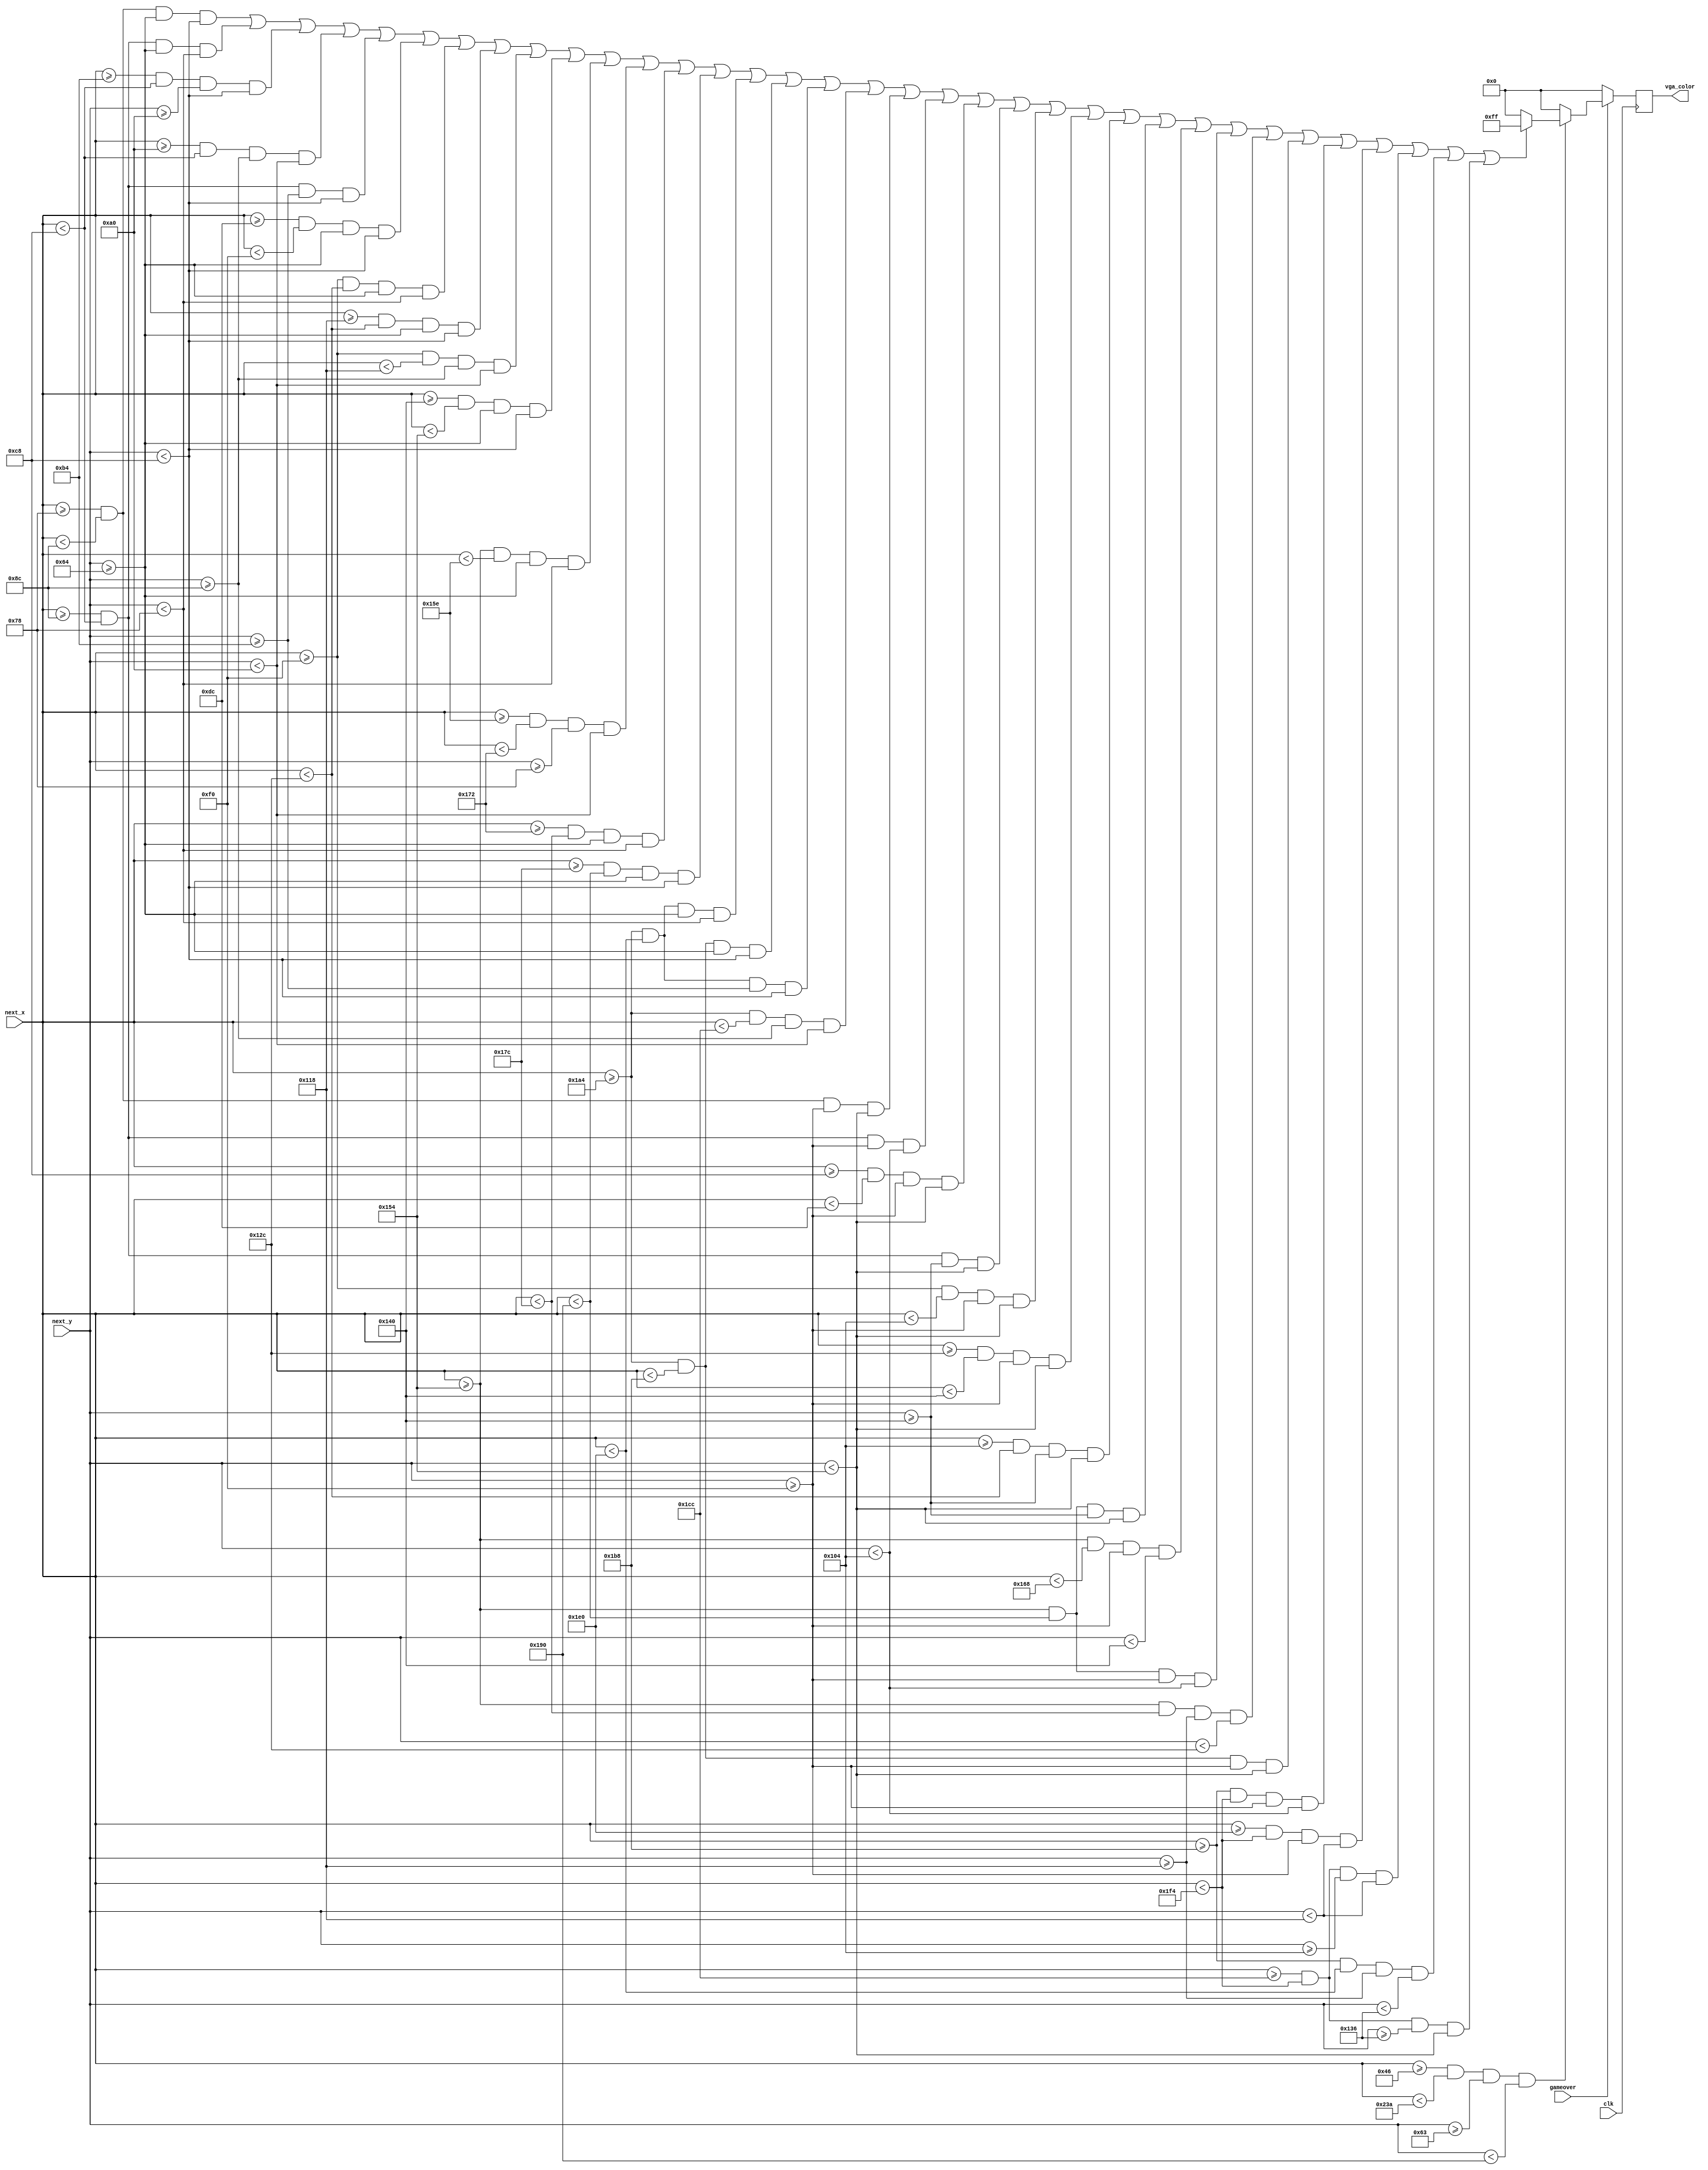
module game_over_display (
    input wire clk,
    input wire gameover,
    input wire [9:0] next_x,
    input wire [9:0] next_y,
    output reg [7:0] vga_color
);

    always @(posedge clk) begin
        if (gameover) begin
            if (next_x >= 70 && next_x < 570 && next_y >= 99 && next_y < 400) begin
                if (
                    // G
                    (next_x >= 120 && next_x < 140 && next_y >= 100 && next_y < 200) || 
                    (next_x >= 140 && next_x < 200 && next_y >= 100 && next_y < 120) || 
                    (next_x >= 180 && next_x < 200 && next_y >= 160 && next_y < 200) || 
                    (next_x >= 160 && next_x < 200 && next_y >= 140 && next_y < 160) ||
                    (next_x >= 140 && next_x < 200 && next_y >= 180 && next_y < 200) ||
                    // A
                    (next_x >= 220 && next_x < 240 && next_y >= 100 && next_y < 200) || 
                    (next_x >= 240 && next_x < 300 && next_y >= 100 && next_y < 120) || 
                    (next_x >= 280 && next_x < 300 && next_y >= 100 && next_y < 200) || 
                    (next_x >= 240 && next_x < 280 && next_y >= 140 && next_y < 160) ||
                    // M
						  (next_x >= 320 && next_x < 340 && next_y >= 100 && next_y < 200) ||
						  (next_x >= 340 && next_x < 350 && next_y >= 100 && next_y < 120) ||
						  (next_x >= 350 && next_x < 370 && next_y >= 120 && next_y < 160) ||
						  (next_x >= 370 && next_x < 380 && next_y >= 100 && next_y < 120) ||		  
                    (next_x >= 380 && next_x < 400 && next_y >= 100 && next_y < 200) || 
                    // E
                    (next_x >= 420 && next_x < 480 && next_y >= 100 && next_y < 120) || 
                    (next_x >= 420 && next_x < 440 && next_y >= 100 && next_y < 200) || 
                    (next_x >= 420 && next_x < 480 && next_y >= 180 && next_y < 200) ||
                    (next_x >= 420 && next_x < 460 && next_y >= 140 && next_y < 160) ||
						  
						  
                    // O
                    (next_x >= 120 && next_x < 140 && next_y >= 240 && next_y < 340) || 
                    (next_x >= 140 && next_x < 200 && next_y >= 240 && next_y < 260) || 
                    (next_x >= 200 && next_x < 220 && next_y >= 240 && next_y < 340) || 
                    (next_x >= 140 && next_x < 200 && next_y >= 320 && next_y < 340) ||
                    // V
                    (next_x >= 240 && next_x < 260 && next_y >= 240 && next_y < 340) || 
                    (next_x >= 300 && next_x < 320 && next_y >= 240 && next_y < 340) || 
                    (next_x >= 260 && next_x < 300 && next_y >= 320 && next_y < 340) ||
                    // E
						  (next_x >= 340 && next_x < 400 && next_y >= 320 && next_y < 340) || 
                    (next_x >= 340 && next_x < 360 && next_y >= 240 && next_y < 320) || 
                    (next_x >= 340 && next_x < 400 && next_y >= 240 && next_y < 260) ||
                    (next_x >= 340 && next_x < 380 && next_y >= 280 && next_y < 300) ||
                    // R
                    (next_x >= 420 && next_x < 440 && next_y >= 240 && next_y < 340) || 
						  (next_x >= 440 && next_x < 500 && next_y >= 240 && next_y < 260) ||
						  (next_x >= 480 && next_x < 500 && next_y >= 240 && next_y < 280) ||
						  (next_x >= 460 && next_x < 500 && next_y >= 260 && next_y < 280) ||
						  (next_x >= 440 && next_x < 480 && next_y >= 280 && next_y < 310) ||
						  (next_x >= 460 && next_x < 500 && next_y >= 310 && next_y < 340))
                 begin
                    vga_color = 8'b11111111; // White
                end else begin
                    vga_color = 8'b00000000; // Black
                end
            end else begin
                vga_color = 8'b00000000; // Black
            end
        end else begin
            vga_color = 8'b00000000; // Black
        end
    end
endmodule